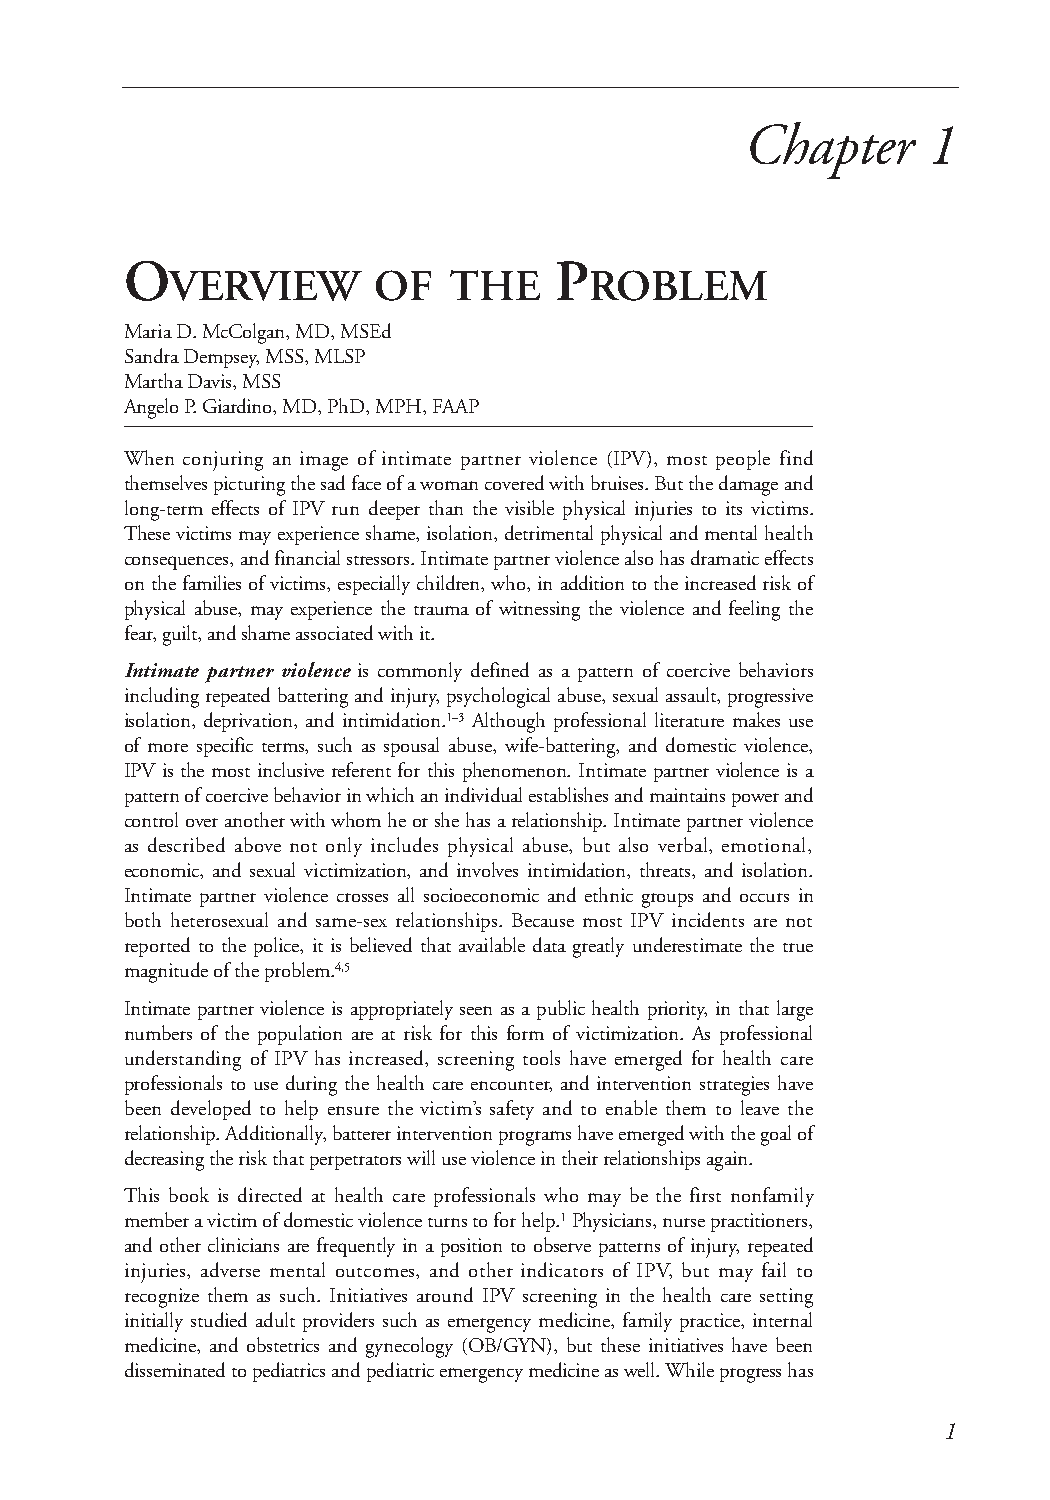
Chapter     1
 O                            P
 VERVIEW       OF   THE      ROBLEM
 Maria D. McColgan, MD, MSEd
 Sandra Dempsey, MSS, MLSP
 Martha Davis, MSS
 Angelo P. Giardino, MD, PhD, MPH, FAAP
 When conjuring an image of intimate partner violence (IPV), most people find
 themselves picturing the sad face of a woman covered with bruises. But the damage and
 long-term effects of IPV run deeper than the visible physical injuries to its victims.
 These victims may experience shame, isolation, detrimental physical and mental health
 consequences, and financial stressors. Intimate partner violence also has dramatic effects
 on the families of victims, especially children, who, in addition to the increased risk of
 physical abuse, may experience the trauma of witnessing the violence and feeling the
 fear, guilt, and shame associated with it.
 Intimate partner violence is commonly defined as a pattern of coercive behaviors
 including repeated battering and injury, psychological abuse, sexual assault, progressive
 isolation, deprivation, and intimidation.1–3 Although professional literature makes use
 of more specific terms, such as spousal abuse, wife-battering, and domestic violence,
 IPV is the most inclusive referent for this phenomenon. Intimate partner violence is a
 pattern of coercive behavior in which an individual establishes and maintains power and
 control over another with whom he or she has a relationship. Intimate partner violence
 as described above not only includes physical abuse, but also verbal, emotional,
 economic, and sexual victimization, and involves intimidation, threats, and isolation.
 Intimate partner violence crosses all socioeconomic and ethnic groups and occurs in
 both heterosexual and same-sex relationships. Because most IPV incidents are not
 reported to the police, it is believed that available data greatly underestimate the true
 magnitude of the problem.4,5
 Intimate partner violence is appropriately seen as a public health priority, in that large
 numbers of the population are at risk for this form of victimization. As professional
 understanding of IPV has increased, screening tools have emerged for health care
 professionals to use during the health care encounter, and intervention strategies have
 been developed to help ensure the victim’s safety and to enable them to leave the
 relationship. Additionally, batterer intervention programs have emerged with the goal of
 decreasing the risk that perpetrators will use violence in their relationships again.
 This book is directed at health care professionals who may be the first nonfamily
 member a victim of domestic violence turns to for help.1Physicians, nurse practitioners,
 and other clinicians are frequently in a position to observe patterns of injury, repeated
 injuries, adverse mental outcomes, and other indicators of IPV, but may fail to
 recognize them as such. Initiatives around IPV screening in the health care setting
 initially studied adult providers such as emergency medicine, family practice, internal
 medicine, and obstetrics and gynecology (OB/GYN), but these initiatives have been
 disseminated to pediatrics and pediatric emergency medicine as well. While progress has
 1